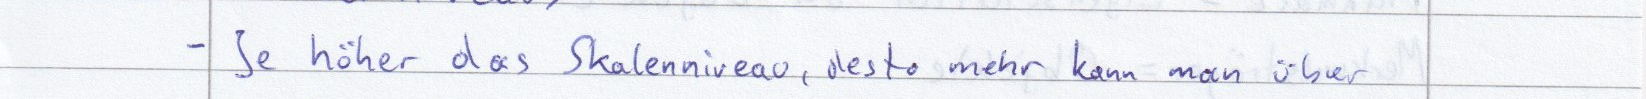
- Je höher das Skalenniveau, desto mehr kann man über